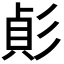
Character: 𢒟